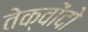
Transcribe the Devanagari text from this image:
तेक्वोंदो